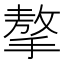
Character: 摮